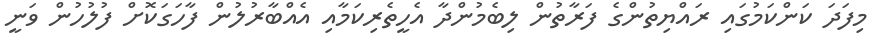
މިފަދަ ކަންކަމުގައި ރައްޔިތުންގެ ފަރާތުން ލިބެމުންދާ އެހީތެރިކަމާއި އެއްބާރުލުން ފާހަގަކޮށް ފުލުހުން ވަނީ